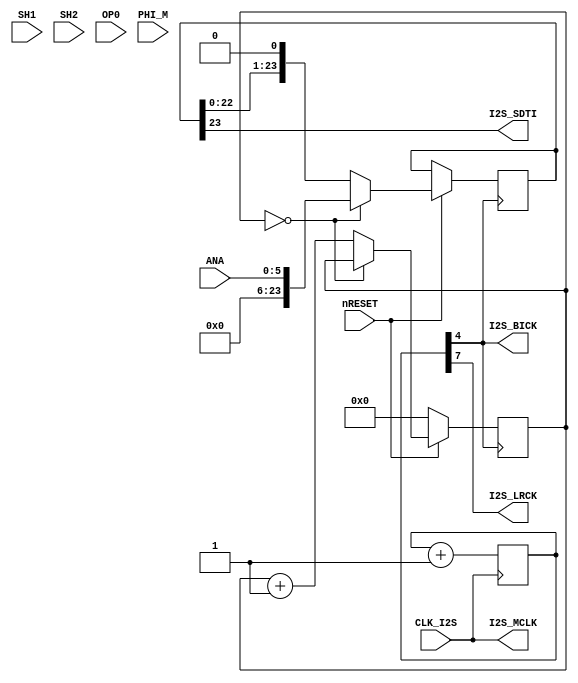
// This program was cloned from: https://github.com/neogeodev/NeoGeoFPGA-sim
// License: GNU General Public License v3.0

// NeoGeo logic definition (simulation only)
// Copyright (C) 2018 Sean Gonsalves
//
// This program is free software: you can redistribute it and/or modify
// it under the terms of the GNU General Public License as published by
// the Free Software Foundation, either version 3 of the License, or
// (at your option) any later version.
//
// This program is distributed in the hope that it will be useful,
// but WITHOUT ANY WARRANTY; without even the implied warranty of
// MERCHANTABILITY or FITNESS FOR A PARTICULAR PURPOSE.  See the
// GNU General Public License for more details.
//
// You should have received a copy of the GNU General Public License
// along with this program.  If not, see <https://www.gnu.org/licenses/>.

`timescale 1ns/1ns

module ym2i2s(
	input nRESET,
	input CLK_I2S,
	input [5:0] ANA,
	input SH1, SH2, OP0, PHI_M,
	output I2S_MCLK, I2S_BICK, I2S_SDTI, I2S_LRCK
);

	wire [23:0] I2S_SAMPLE;
	reg [23:0] I2S_SR;
	reg [3:0] SR_CNT;
	reg [7:0] CLKDIV;
	
	assign I2S_SAMPLE = {18'b000000000000000000, ANA};			// Todo :)
	
	assign I2S_MCLK = CLK_I2S;
	assign I2S_LRCK = CLKDIV[7];		// LRCK = I2S_MCLK/512
	assign I2S_BICK = CLKDIV[4];		// BICK = I2S_MCLK/64
	assign I2S_SDTI = I2S_SR[23];
	
	always @(negedge I2S_BICK)
	begin
		if (!nRESET)
			SR_CNT <= 0;
		else
		begin
			if (!SR_CNT)
			begin
				I2S_SR[23:0] <= I2S_SAMPLE;	// Load SR
			end
			else
			begin
				I2S_SR[23:0] <= {I2S_SR[22:0], 1'b0};
				SR_CNT <= SR_CNT + 1'b1;
			end
		end
	end
	
	always @(posedge I2S_MCLK)
	begin
		CLKDIV <= CLKDIV + 1'b1;
	end

endmodule